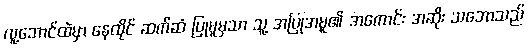
လူ့ဘောင်ထဲမှာ နေထိုင် ဆက်ဆံ ပြုမူမှသာ သူ့ အပြုအမူ၏ အကောင်း အဆိုး သဘောသည်